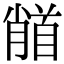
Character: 𩠦